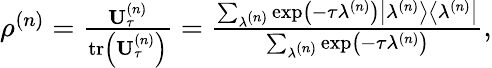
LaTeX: \begin{array}{r}{\mathbf{\rho}^{\left(n\right)}=\frac{\mathbf{U}_{\tau}^{\left(n\right)}}{\operatorname{tr}\left(\mathbf{U}_{\tau}^{\left(n\right)}\right)}=\frac{\sum_{\lambda^{\left(n\right)}}\exp\left(-\tau\lambda^{\left(n\right)}\right)\big\vert\lambda^{\left(n\right)}\big\rangle\big\langle\lambda^{\left(n\right)}\big\vert}{\sum_{\lambda^{\left(n\right)}}\exp\left(-\tau\lambda^{\left(n\right)}\right)},}\end{array}